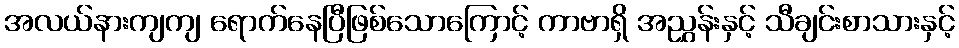
အလယ်နားကျကျ ရောက်နေပြီဖြစ်သောကြောင့် ကာဗာရှိ အညွှန်းနှင့် သီချင်းစာသားနှင့်